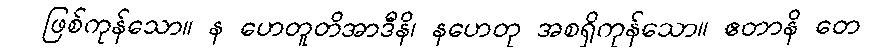
ဖြစ်ကုန်သော။ န ဟေတူတိအာဒီနိ၊ နဟေတု အစရှိကုန်သော။ ဧတာနိ တေ